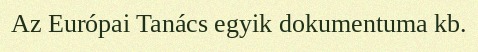
Az Európai Tanács egyik dokumentuma kb.